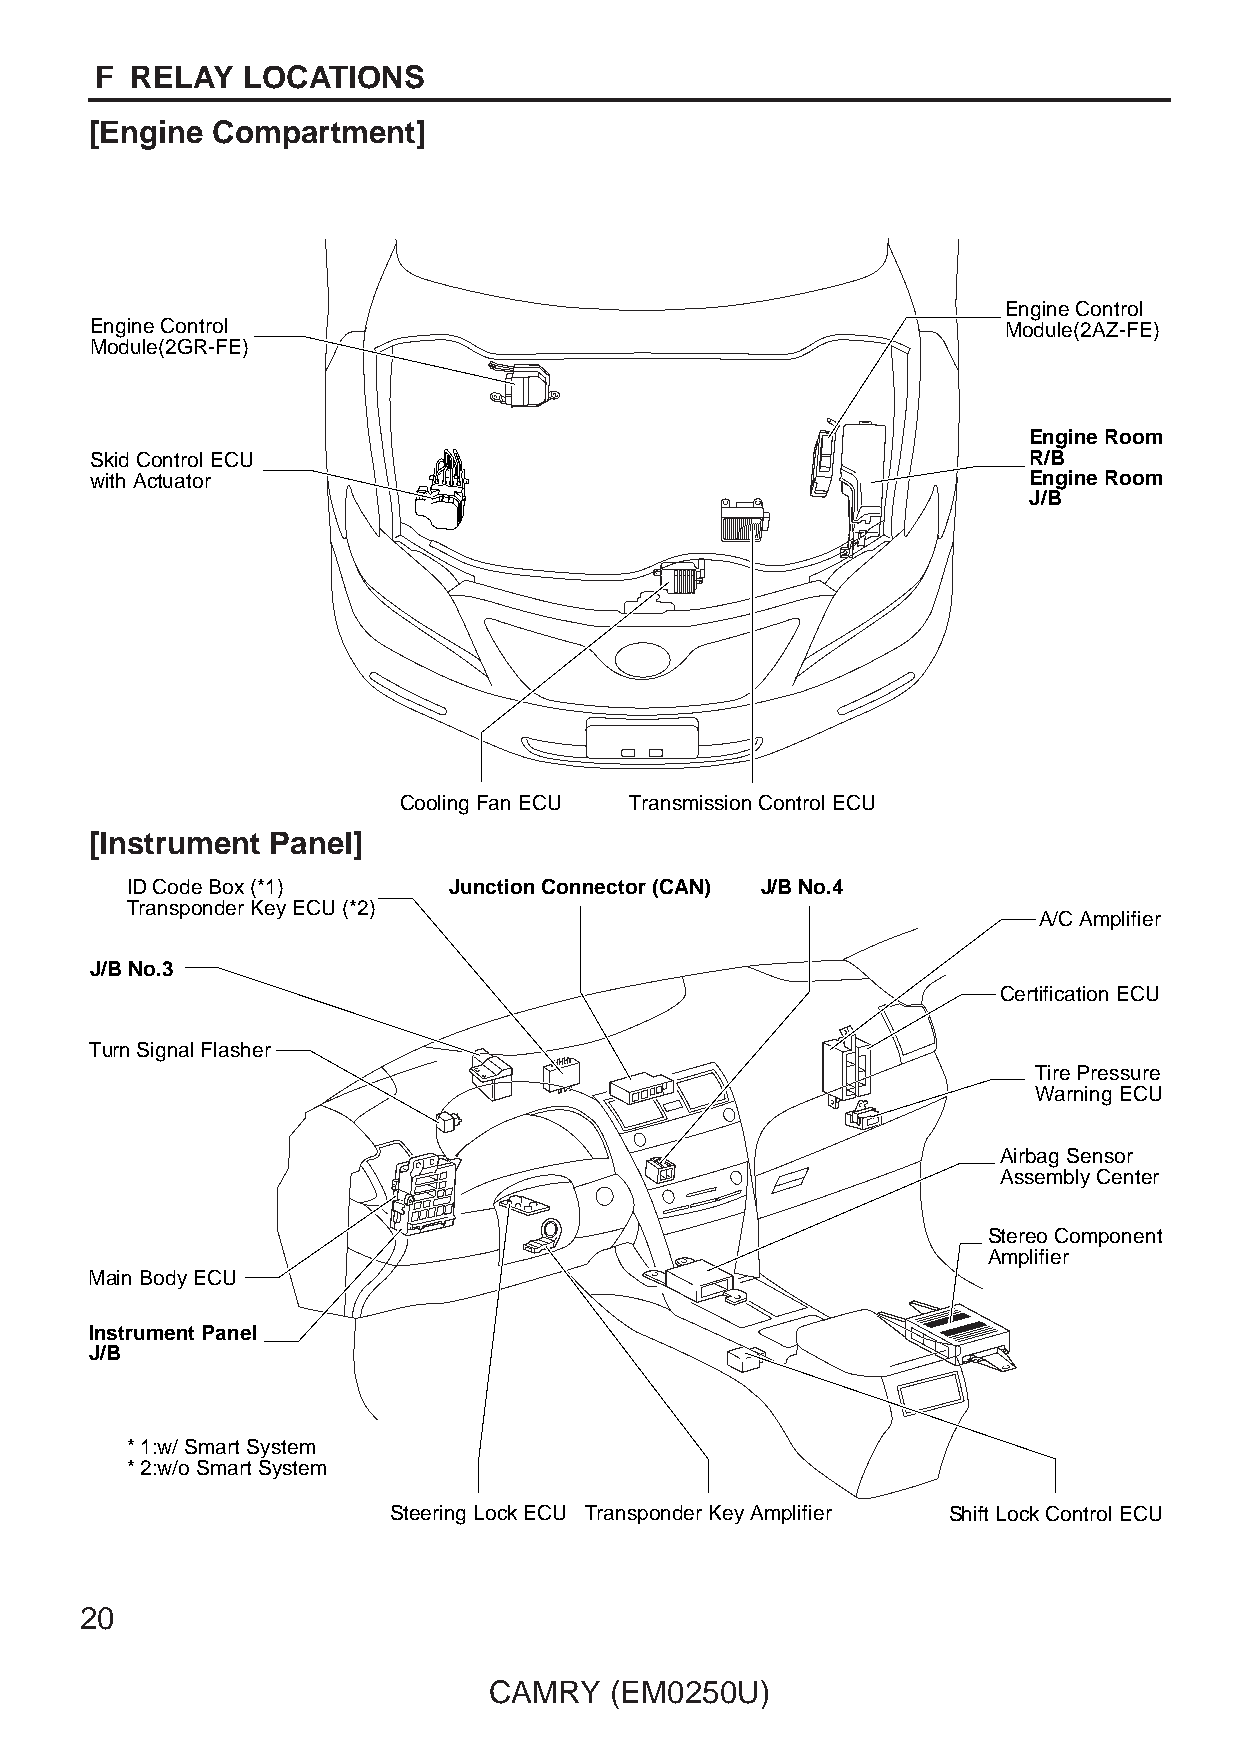
F  RELAY  LOCATIONS
 [Engine Compartment]
 Engine Control
 Engine Control                                               Module(2AZ-FE)
 Module(2GR-FE)
 Engine Room
 Skid Control ECU                                              R/B
 with Actuator                                                 Engine Room
 J/B
 Cooling Fan ECU Transmission Control ECU
 [Instrument Panel]
 ID Code Box (*1)      Junction Connector (CAN) J/B No.4
 Transponder Key ECU (*2)
 A/C Amplifier
 J/B No.3
 Certification ECU
 Turn Signal Flasher
 Tire Pressure
 Warning ECU
 Airbag Sensor
 Assembly Center
 Stereo Component
 Amplifier
 Main Body ECU
 Instrument Panel
 J/B
 * 1:w/ Smart System
 * 2:w/o Smart System
 Steering Lock ECU Transponder Key Amplifier Shift Lock Control ECU
 20
 CAMRY   (EM0250U)